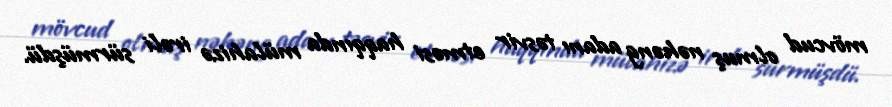
mövcud olmuş nəhəng adanı təsvir etməsi haqqında mülahizə irəli sürmüşdü.